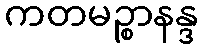
ကတမဉ္စာနန္ဒ